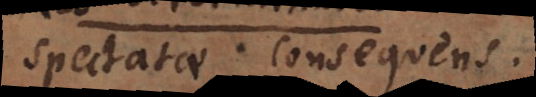
spectatae consequens.